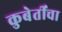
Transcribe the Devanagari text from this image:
कुबेर्तींचा